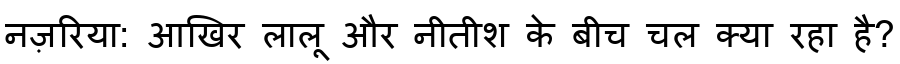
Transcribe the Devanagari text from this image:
नज़रिया: आखिर लालू और नीतीश के बीच चल क्या रहा है?